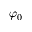
\varphi _ { 0 }